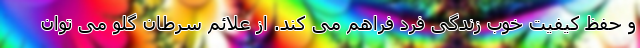
و حفظ کیفیت خوب زندگی فرد فراهم می کند. از علائم سرطان گلو می توان